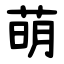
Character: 萌